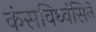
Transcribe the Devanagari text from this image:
कंसविध्वंसिने